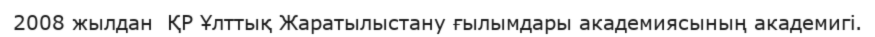
2008 жылдан  ҚР Ұлттық Жаратылыстану ғылымдары академиясының академигі.